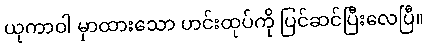
ယုကာဝါ မှာထားသော ဟင်းထုပ်ကို ပြင်ဆင်ပြီးလေပြီ။